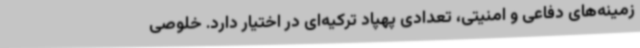
زمینه‌های دفاعی و امنیتی، تعدادی پهپاد ترکیه‌ای در اختیار دارد. خلوصی